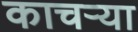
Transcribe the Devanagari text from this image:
काचऱ्या